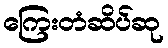
ကြေးတံဆိပ်ဆု